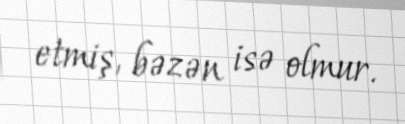
etmiş, bəzən isə olmur.